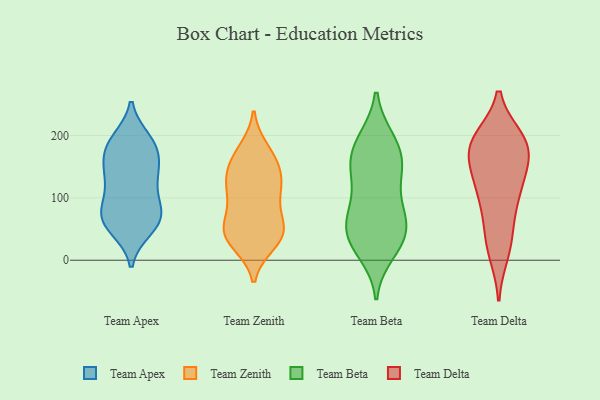
{"axis": {"x": "Churn Rate (%)", "y": "Value"}, "legend": ["Team Apex", "Team Beta", "Team Delta", "Team Zenith"], "data": [{"x": "", "y": 187, "type": "Team Apex"}, {"x": "", "y": 77, "type": "Team Apex"}, {"x": "", "y": 59, "type": "Team Apex"}, {"x": "", "y": 133, "type": "Team Apex"}, {"x": "", "y": 65, "type": "Team Apex"}, {"x": "", "y": 145, "type": "Team Apex"}, {"x": "", "y": 192, "type": "Team Apex"}, {"x": "", "y": 51, "type": "Team Apex"}, {"x": "", "y": 66, "type": "Team Apex"}, {"x": "", "y": 185, "type": "Team Apex"}, {"x": "", "y": 87, "type": "Team Apex"}, {"x": "", "y": 170, "type": "Team Apex"}, {"x": "", "y": 138, "type": "Team Apex"}, {"x": "", "y": 180, "type": "Team Apex"}, {"x": "", "y": 65, "type": "Team Apex"}, {"x": "", "y": 101, "type": "Team Apex"}, {"x": "", "y": 133, "type": "Team Apex"}, {"x": "", "y": 150, "type": "Team Zenith"}, {"x": "", "y": 98, "type": "Team Zenith"}, {"x": "", "y": 171, "type": "Team Zenith"}, {"x": "", "y": 125, "type": "Team Zenith"}, {"x": "", "y": 44, "type": "Team Zenith"}, {"x": "", "y": 161, "type": "Team Zenith"}, {"x": "", "y": 47, "type": "Team Zenith"}, {"x": "", "y": 53, "type": "Team Zenith"}, {"x": "", "y": 102, "type": "Team Zenith"}, {"x": "", "y": 132, "type": "Team Zenith"}, {"x": "", "y": 34, "type": "Team Zenith"}, {"x": "", "y": 111, "type": "Team Zenith"}, {"x": "", "y": 177, "type": "Team Zenith"}, {"x": "", "y": 63, "type": "Team Zenith"}, {"x": "", "y": 55, "type": "Team Zenith"}, {"x": "", "y": 27, "type": "Team Zenith"}, {"x": "", "y": 131, "type": "Team Zenith"}, {"x": "", "y": 30, "type": "Team Zenith"}, {"x": "", "y": 85, "type": "Team Beta"}, {"x": "", "y": 147, "type": "Team Beta"}, {"x": "", "y": 26, "type": "Team Beta"}, {"x": "", "y": 194, "type": "Team Beta"}, {"x": "", "y": 141, "type": "Team Beta"}, {"x": "", "y": 164, "type": "Team Beta"}, {"x": "", "y": 151, "type": "Team Beta"}, {"x": "", "y": 186, "type": "Team Beta"}, {"x": "", "y": 41, "type": "Team Beta"}, {"x": "", "y": 52, "type": "Team Beta"}, {"x": "", "y": 194, "type": "Team Beta"}, {"x": "", "y": 12, "type": "Team Beta"}, {"x": "", "y": 80, "type": "Team Beta"}, {"x": "", "y": 139, "type": "Team Beta"}, {"x": "", "y": 34, "type": "Team Beta"}, {"x": "", "y": 67, "type": "Team Beta"}, {"x": "", "y": 33, "type": "Team Beta"}, {"x": "", "y": 81, "type": "Team Beta"}, {"x": "", "y": 100, "type": "Team Delta"}, {"x": "", "y": 12, "type": "Team Delta"}, {"x": "", "y": 22, "type": "Team Delta"}, {"x": "", "y": 111, "type": "Team Delta"}, {"x": "", "y": 175, "type": "Team Delta"}, {"x": "", "y": 172, "type": "Team Delta"}, {"x": "", "y": 178, "type": "Team Delta"}, {"x": "", "y": 189, "type": "Team Delta"}, {"x": "", "y": 194, "type": "Team Delta"}, {"x": "", "y": 73, "type": "Team Delta"}, {"x": "", "y": 192, "type": "Team Delta"}, {"x": "", "y": 149, "type": "Team Delta"}, {"x": "", "y": 43, "type": "Team Delta"}, {"x": "", "y": 118, "type": "Team Delta"}, {"x": "", "y": 190, "type": "Team Delta"}, {"x": "", "y": 131, "type": "Team Delta"}]}